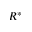
R ^ { * }